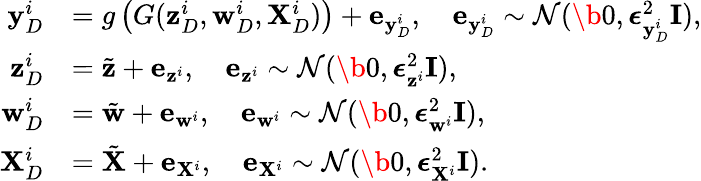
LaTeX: \begin{array}{rl}{{\mathbf y}_{D}^{i}}&{=g\left(G({\mathbf z}_{D}^{i},{\mathbf w}_{D}^{i},{\mathbf X}_{D}^{i})\right)+{\mathbf e}_{{\mathbf y}_{D}^{i}},\quad{\mathbf e}_{{\mathbf y}_{D}^{i}}\sim{\mathcal N}(\b 0,{\boldsymbol\epsilon}_{{\mathbf y}_{D}^{i}}^{2}{\mathbf I}),}\\ {{\mathbf z}_{D}^{i}}&{=\tilde{{\mathbf z}}+{\mathbf e}_{{\mathbf z}^{i}},\quad{\mathbf e}_{{\mathbf z}^{i}}\sim{\mathcal N}(\b 0,{\boldsymbol\epsilon}_{{\mathbf z}^{i}}^{2}{\mathbf I}),}\\ {{\mathbf w}_{D}^{i}}&{=\tilde{{\mathbf w}}+{\mathbf e}_{{\mathbf w}^{i}},\quad{\mathbf e}_{{\mathbf w}^{i}}\sim{\mathcal N}(\b 0,{\boldsymbol\epsilon}_{{\mathbf w}^{i}}^{2}{\mathbf I}),}\\ {{\mathbf X}_{D}^{i}}&{=\tilde{{\mathbf X}}+{\mathbf e}_{{\mathbf X}^{i}},\quad{\mathbf e}_{{\mathbf X}^{i}}\sim{\mathcal N}(\b 0,{\boldsymbol\epsilon}_{{\mathbf X}^{i}}^{2}{\mathbf I}).}\end{array}